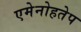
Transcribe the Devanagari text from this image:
एमेनोहतेप